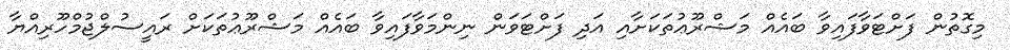
މިގޮތުން ފަށްޓަވާފައިވާ ބައެއް މަޝްރޫޢުތަކަށާއި އަދި ފަށްޓަވަން ނިންމަވާފައިވާ ބައެއް މަޝްރޫޢުތަކަށް ރައީސުލްޖުމްހޫރިއްޔާ